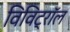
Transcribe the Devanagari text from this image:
विविट्रॉल